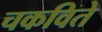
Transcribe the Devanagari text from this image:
चकविते